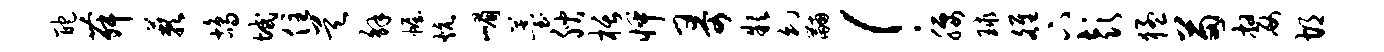
酡舞蔌鸪域住昊解幄炕嵋薹腴栝怦哥款幻黼！腰球雒下彭猛苗嫠胡